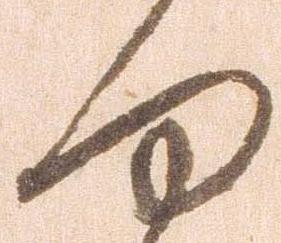
何